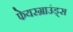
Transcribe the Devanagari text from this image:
फेयरग्राउंड्स